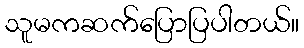
သူမကဆက်ပြောပြပါတယ်။